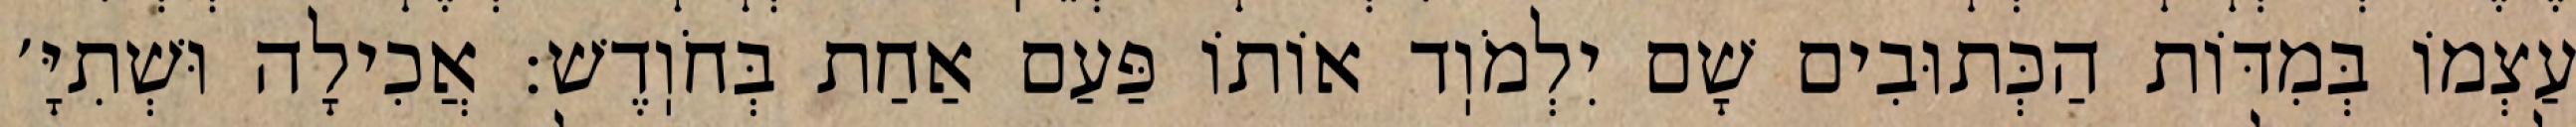
עַצְמוֹ בְּמִדּוֹת הַכְּתוּבִים שָׁם יִלְמֹוֽד אוֹתוֹ פַּעַם אַחַת בְּחֹוֽדֶשׁ: אֲכִילָה וּשְׁתִיָּ׳